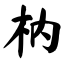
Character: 枘